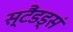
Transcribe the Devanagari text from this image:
स्टैंडड्सं